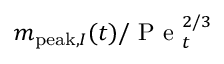
m _ { \mathrm { p e a k } , I } ( t ) / \mathrm { ~ P ~ e ~ } _ { t } ^ { 2 / 3 }